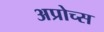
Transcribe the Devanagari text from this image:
अप्रोच्स